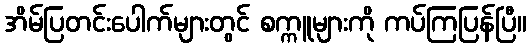
အိမ်ပြတင်းပေါက်များတွင် စက္ကူများကို ကပ်ကြပြန်ပြီ။